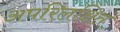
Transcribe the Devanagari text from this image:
अपरिलक्षित